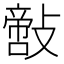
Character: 𢿪